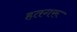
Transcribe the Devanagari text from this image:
हतगरू